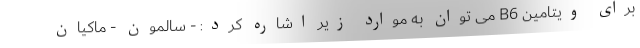
برای ویتامین B6 می توان به موارد زیر اشاره کرد: - سالمون - ماکیان